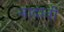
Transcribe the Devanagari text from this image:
बादावी